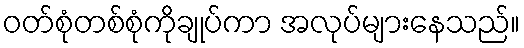
ဝတ်စုံတစ်စုံကိုချုပ်ကာ အလုပ်များနေသည်။